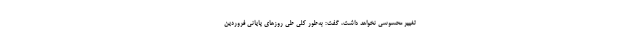
تغییر محسوسی نخواهد داشت، گفت: به‌طور کلی طی روزهای پایانی فروردین